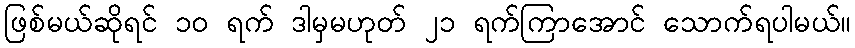
ဖြစ်မယ်ဆိုရင် ၁၀ ရက် ဒါမှမဟုတ် ၂၁ ရက်ကြာအောင် သောက်ရပါမယ်။